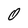
Character: 0